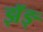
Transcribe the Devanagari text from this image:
झॅङ्